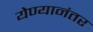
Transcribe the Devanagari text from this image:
येण्यानंतर